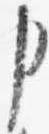
申